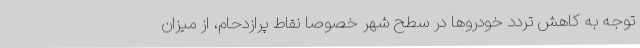
توجه به کاهش تردد خودروها در سطح شهر خصوصا نقاط پرازدحام، از میزان